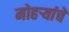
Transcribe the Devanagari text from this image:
मोहऱ्यांचे